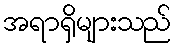
အရာရှိများသည်